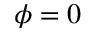
\phi = 0